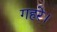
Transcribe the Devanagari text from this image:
गहरे।